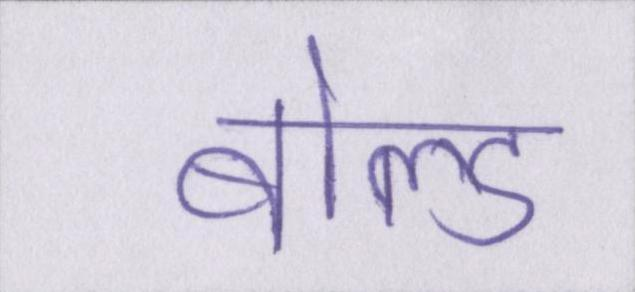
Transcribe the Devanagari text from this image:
बोल्ड